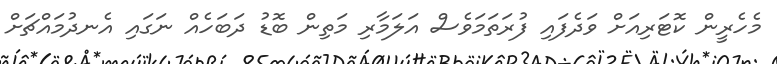
މެހެރީން ކޮޓަރިއަށް ވަދެފައި ފުރަތަމަވެސް އަލަމާރި މަތިން ބޮޑު ދަބަހެއް ނަގައި އެނދުމައްޗަށް